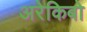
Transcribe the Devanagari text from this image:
अरेकिबो